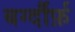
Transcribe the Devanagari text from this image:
बर्ग्दौर्फ़